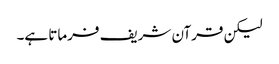
لیکن قرآن شریف فرماتا ہے۔